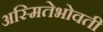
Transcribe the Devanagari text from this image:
अस्मितेभोवती